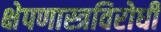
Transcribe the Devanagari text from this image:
क्षेपणास्त्रविरोधी